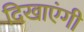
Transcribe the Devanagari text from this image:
दिखाएंगी